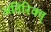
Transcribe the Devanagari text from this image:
अतिरिक्त्